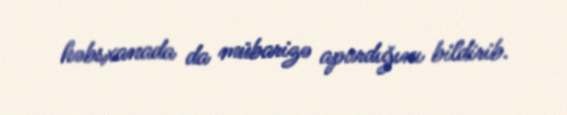
həbsxanada da mübarizə apardığını bildirib.